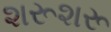
શરૂશરૂ